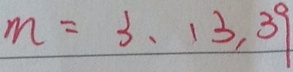
m = 3 , 1 3 , 3 9